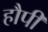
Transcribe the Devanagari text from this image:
हौपी